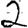
Digit: 2